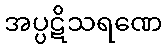
အပ္ပဋိသရဏေ